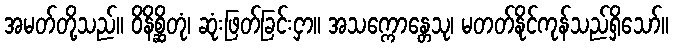
အမတ်တို့သည်။ ဝိနိစ္ဆိတုံ၊ ဆုံးဖြတ်ခြင်းငှာ။ အသက္ကောန္တေသု၊ မတတ်နိုင်ကုန်သည်ရှိသော်။